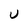
Character: U